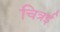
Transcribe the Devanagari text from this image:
चित्रई